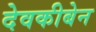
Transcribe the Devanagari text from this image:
देवकीबेन